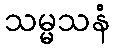
သမ္မသနံ